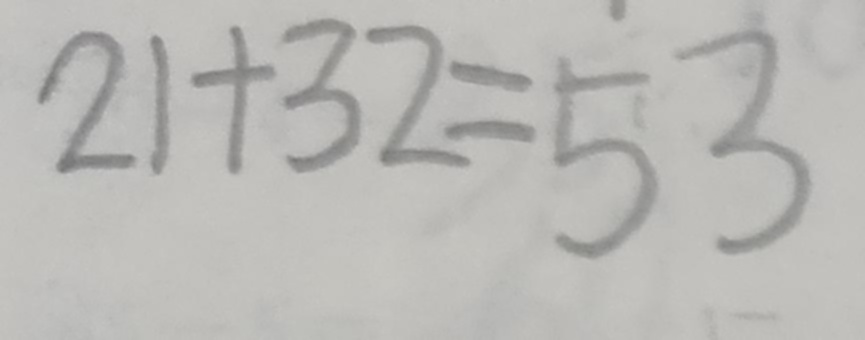
2 1 + 3 2 = 5 3